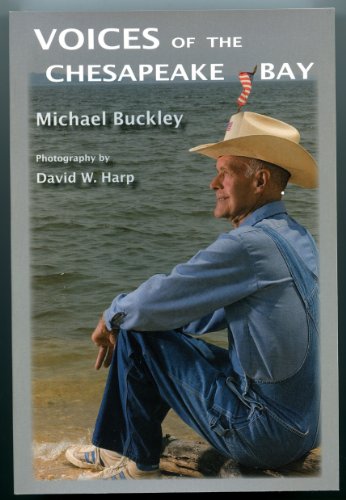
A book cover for Voices of the Chesapeake Bay; Michael Buckley; Travel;